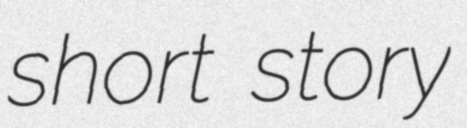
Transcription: short story